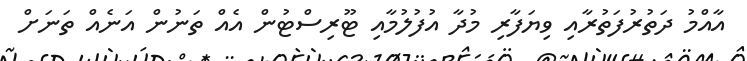
އާއްމު ދަތުރުފަތުރާއި ވިޔަފާރި މުދާ އުފުލުމާއި ޓޫރިސްޓުން އެއް ތަނުން އަނެއް ތަނަށް